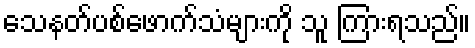
သေနတ်ပစ်ဖောက်သံများကို သူ ကြားရသည်။